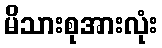
မိသားစုအားလုံး